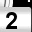
Digit: 2